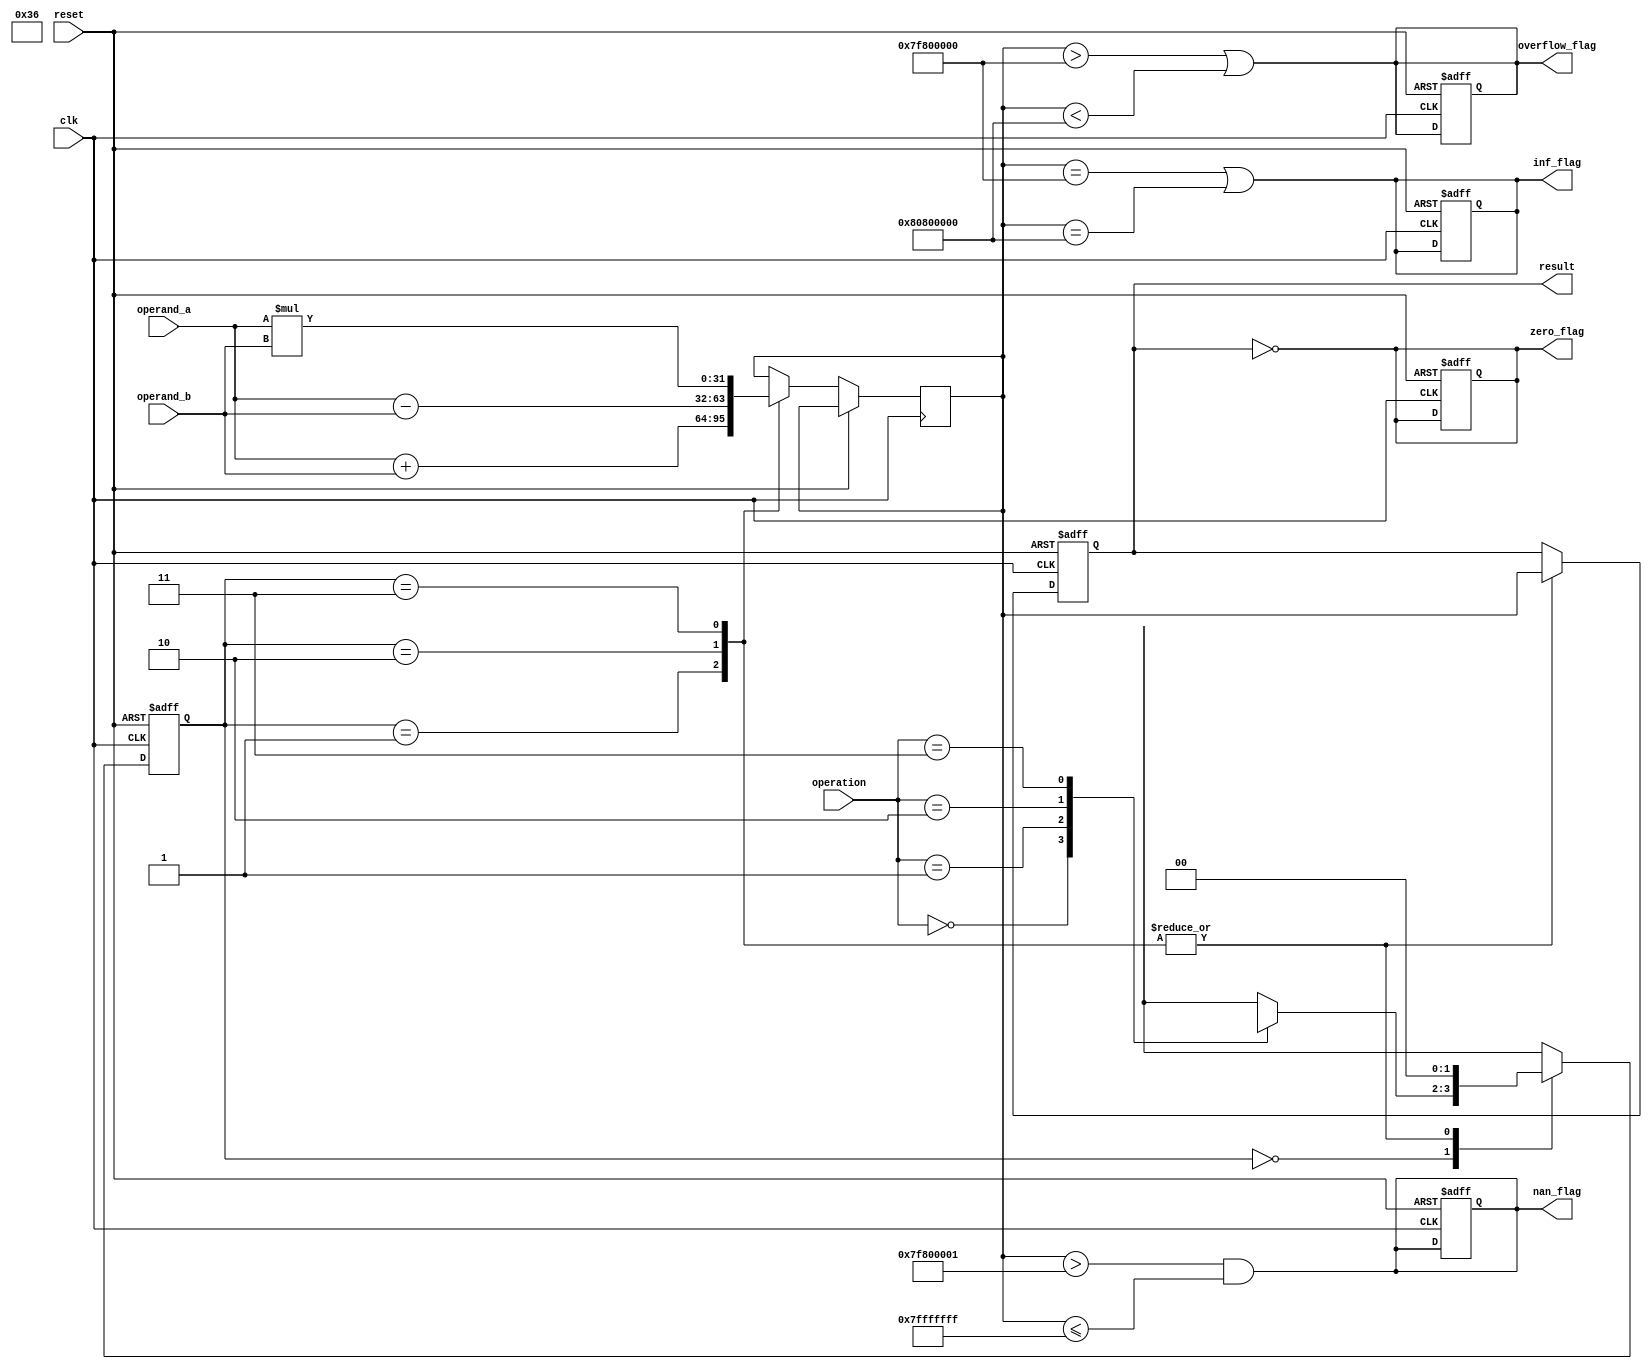
module single_precision_fpu(
    input wire clk,
    input wire reset,
    input wire [31:0] operand_a,
    input wire [31:0] operand_b,
    input wire [1:0] operation,
    output reg [31:0] result,
    output reg zero_flag,
    output reg overflow_flag,
    output reg nan_flag,
    output reg inf_flag
);

reg [1:0] state;
reg [31:0] temp_result;

parameter START = 2'b00, ADD = 2'b01, SUB = 2'b10, MUL = 2'b11;

always @(posedge clk or posedge reset) begin
    if (reset) begin
        state <= START;
        result <= 32'b0;
        zero_flag <= 1'b0;
        overflow_flag <= 1'b0;
        nan_flag <= 1'b0;
        inf_flag <= 1'b0;
    end else begin
        case (state)
            START: begin
                case (operation)
                    2'b00: begin  // ADD
                        state <= ADD;
                    end
                    2'b01: begin  // SUB
                        state <= SUB;
                    end
                    2'b10: begin  // MUL
                        state <= MUL;
                    end
                    2'b11: begin  // DIV
                        state <= DIV;
                    end
                    default: begin
                        state <= START;
                    end
                endcase
            end
            ADD: begin
                temp_result <= operand_a + operand_b;
                result <= temp_result;
                state <= START;
            end
            SUB: begin
                temp_result <= operand_a - operand_b;
                result <= temp_result;
                state <= START;
            end
            MUL: begin
                temp_result <= operand_a * operand_b;
                result <= temp_result;
                state <= START;
            end
        endcase
    end
end

// Handle special cases
always @*
begin
    zero_flag = (result == 32'b0);
    overflow_flag = (temp_result > 32'h7F800000 || temp_result < -32'h7F800000);
    nan_flag = (temp_result > 32'h7F800001 && temp_result <= 32'h7FFFFFFF);
    inf_flag = (temp_result == 32'h7F800000 || temp_result == -32'h7F800000);
end

endmodule